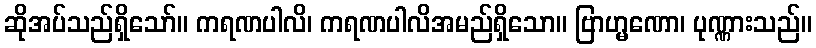
ဆိုအပ်သည်ရှိသော်။ ကရဏပါလိ၊ ကရဏပါလိအမည်ရှိသော။ ဗြာဟ္မဏော၊ ပုဏ္ဏားသည်။